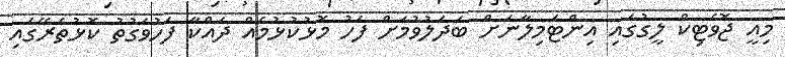
މިއީ ޖޮވެޓިކް ލީގުގައި އިންޓަމިލާނަށް ބަދަލުވުމަށް ފަހު މޮޅުކުޅުމެއް ދައްކާ ފަހުވަގުތު ކޮޅުތެރޭގައި